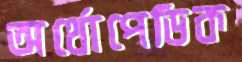
অর্থোপেডিক